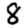
Digit: 8